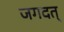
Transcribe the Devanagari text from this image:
जगदत्